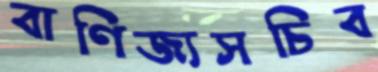
বাণিজ্যসচিব